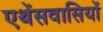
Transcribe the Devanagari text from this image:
एथेंसवासियों